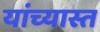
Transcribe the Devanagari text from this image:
यांच्यास्त